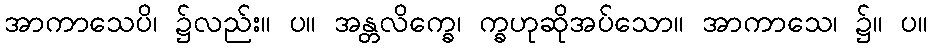
အာကာသေပိ၊ ၌လည်း။ ပ။ အန္တလိက္ခေ၊ က္ခဟုဆိုအပ်သော။ အာကာသေ၊ ၌။ ပ။